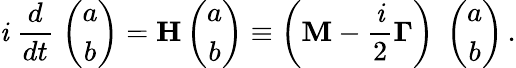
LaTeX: \mathit{i}\; \frac{{d}}{{dt}}\; \left(\begin{array}{c}{{a}}\\ {{b}}\end{array}\right)={\mathbf{H}}\left(\begin{array}{c}{{a}}\\ {{b}}\end{array}\right)\equiv\left({\mathbf{M}}-\frac{{\mathit{i}}}{{2}}{\mathbf{\Gamma}}\right)\; \left(\begin{array}{c}{{a}}\\ {{b}}\end{array}\right)\, .